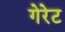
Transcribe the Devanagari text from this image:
गेरेट